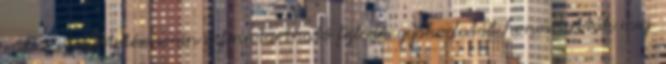
város üzemeltetése során a fenntartható fejlôdés gyakorlatát honosították meg.